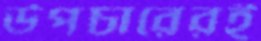
উপচারেরই